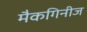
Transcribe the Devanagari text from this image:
मैकगिनीज